Indian journal of veterinary science and animal husbandry - Volume 5,
Year: 1935
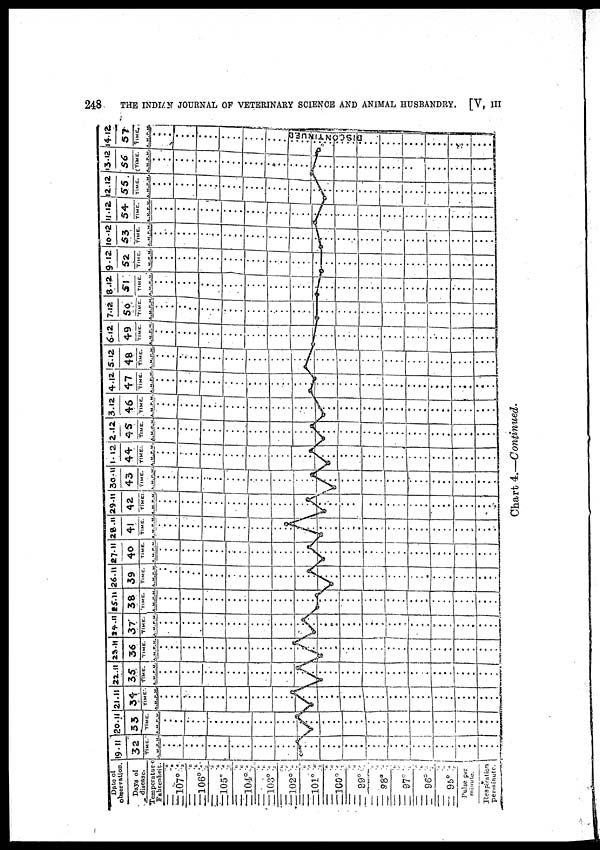
248
THE INDIAN JOURNAL OF VETERINARY SCIENCE AND ANIMAL HUSBANDRY. [V, III
Chart 4.—Continued.